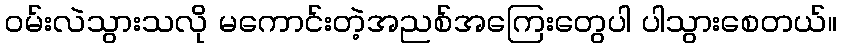
ဝမ်းလဲသွားသလို မကောင်းတဲ့အညစ်အကြေးတွေပါ ပါသွားစေတယ်။